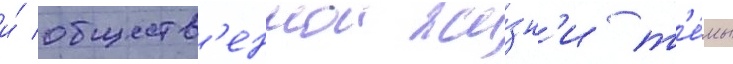
и́ обществ'еннои жи́зн'и т'е́мы